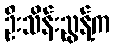
ဦးသိန်းညွန့်က